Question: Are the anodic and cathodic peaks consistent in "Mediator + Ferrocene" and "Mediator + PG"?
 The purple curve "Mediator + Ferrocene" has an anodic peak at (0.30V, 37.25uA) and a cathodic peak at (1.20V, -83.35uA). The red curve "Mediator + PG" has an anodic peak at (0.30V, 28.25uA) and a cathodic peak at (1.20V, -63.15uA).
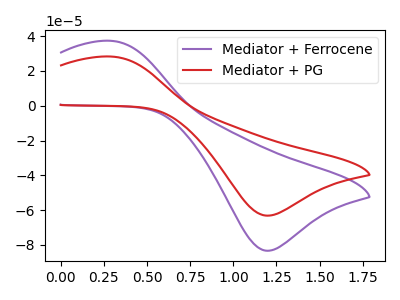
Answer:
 <answer>Yes, "Mediator + Ferrocene" have a peak in "Mediator + PG" at the same potential.</answer>
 <eval>match</eval>